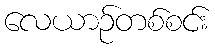
လေယာဉ်တစ်စင်း